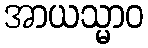
အာယသ္မာဝ